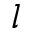
l